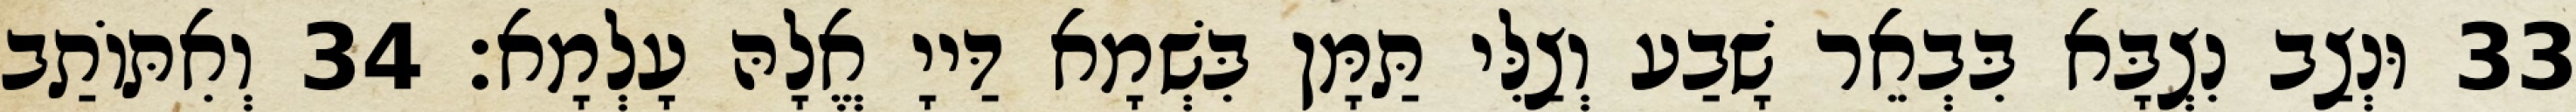
33 וּנְצַב נִצְבָּא בִּבְאֵר שָׁבַע וְצַלִּי תַּמָּן בִּשְׁמָא דַּייָ אֱלָהּ עָלְמָא׃ 34 וְאִתּוֹתַב